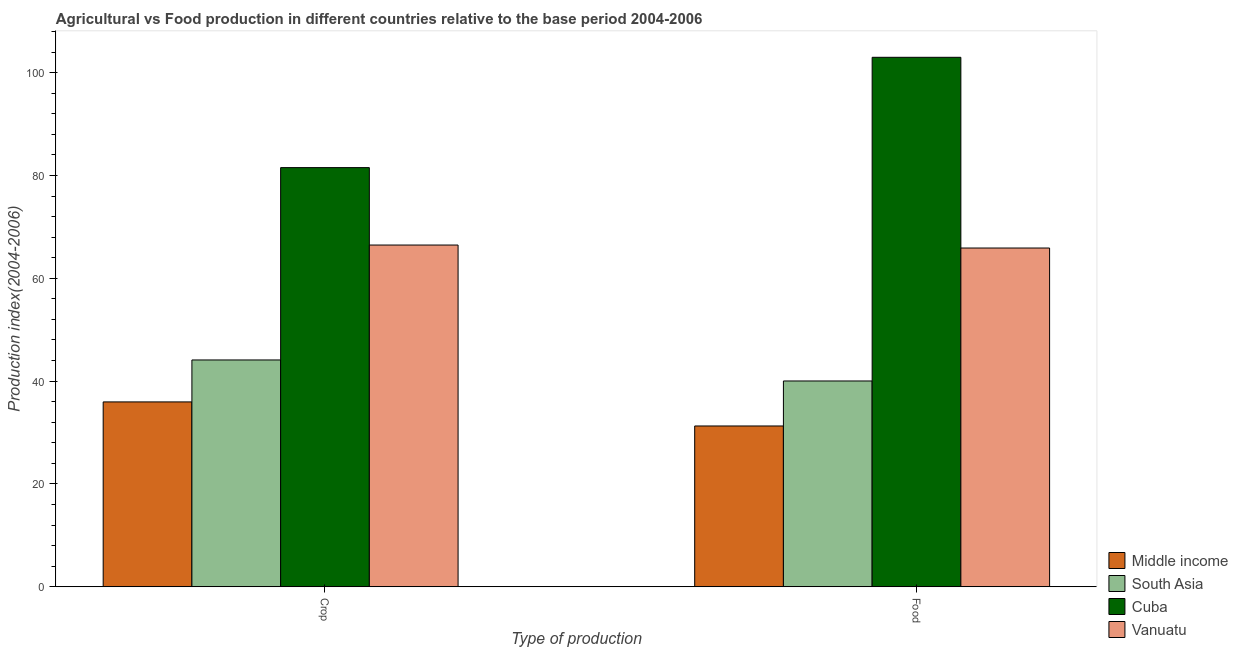
| Type of production | Middle income | South Asia | Cuba | Vanuatu |
 | --- | --- | --- | --- | --- |
 | Crop | 36 | 44.1 | 81.5 | 66.5 |
 | Food | 31.3 | 40 | 103 | 65.9 |